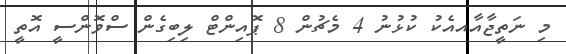
މި ނަތީޖާއާއއެކު ކުޅުނު 4 މެޗުން 8 ޕޮއިންޓް ލިބިގެން ސްވޮންސީ އޮތީ